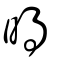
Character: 𣈜